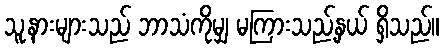
သူ့နားများသည် ဘာသံကိုမျှ မကြားသည့်နှယ် ရှိသည်။